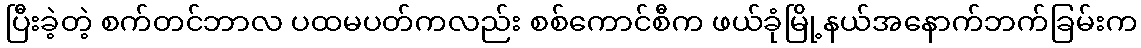
ပြီးခဲ့တဲ့ စက်တင်ဘာလ ပထမပတ်ကလည်း စစ်ကောင်စီက ဖယ်ခုံမြို့နယ်အနောက်ဘက်ခြမ်းက